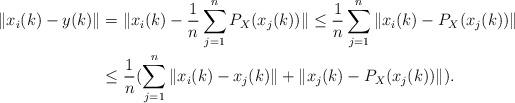
LaTeX: \begin{align*}\|x_{i}(k)-y(k)\|&=\|x_{i}(k)-\frac{1}{n}\sum\limits_{j=1}^{n}P_{X}(x_{j}(k))\|\leq \frac{1}{n}\sum\limits_{j=1}^{n}\|x_{i}(k)-P_{X}(x_{j}(k))\|\\&\leq \frac{1}{n}(\sum\limits_{j=1}^{n}\|x_{i}(k)-x_{j}(k)\|+\|x_{j}(k)-P_{X}(x_{j}(k))\|).\end{align*}